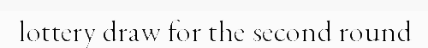
lottery draw for the second round